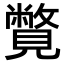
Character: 𧢍